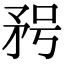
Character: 𥍣